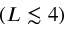
( L \lesssim 4 )